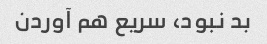
بد نبود، سریع هم آوردن